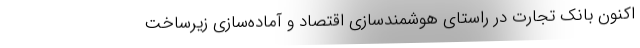
اکنون بانک تجارت در راستای هوشمندسازی اقتصاد و آماده‌سازی زیرساخت